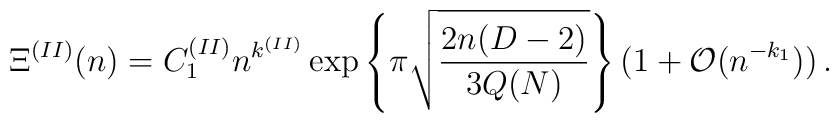
\Xi^{(II)} (n)= C_1^{(II)}n^{k^{(II)}} \exp\left\{\pi \sqrt{\frac{2n(D-2)}{3Q(N)}}\right\}(1+{\mathcal O}(n^{-k_1}))\,\mbox{.}